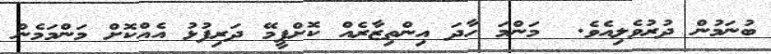
ބުނަމުން ދުރުވެލިއެވެ.  މަންމަ ހާދަ އިންތިޒާރެއް ކޮށްފީމޭ ދަރިފުޅު އެއްކޮށް މަންމަމެން